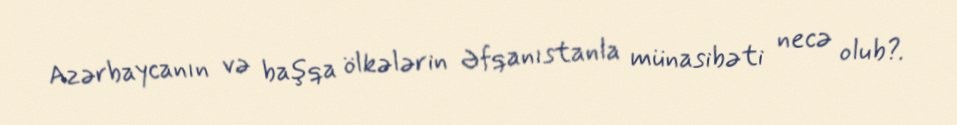
Azərbaycanın və başqa ölkələrin Əfqanıstanla münasibəti necə olub?.